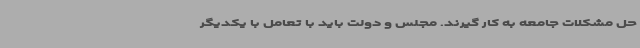
حل مشکلات جامعه به کار گیرند. مجلس و دولت باید با تعامل با یکدیگر